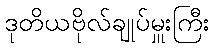
ဒုတိယဗိုလ်ချုပ်မှူးကြီး